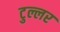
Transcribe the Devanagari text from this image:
टुल्लर